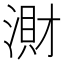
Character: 𣺠